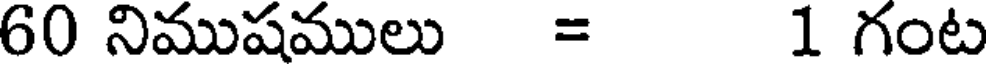
60 నిముషములు = 1 గంట